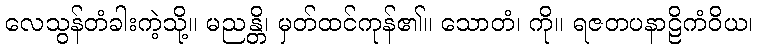
လေသွန်တံခါးကဲ့သို့။ မညန္တိ၊ မှတ်ထင်ကုန်၏။ သောတံ၊ ကို။ ရဇတပနာဠိကံဝိယ၊